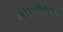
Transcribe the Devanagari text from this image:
अलंकारशिरोमणि